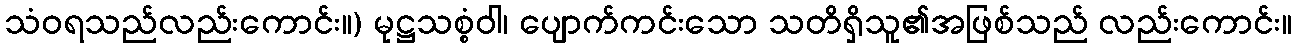
သံဝရသည်လည်းကောင်း။) မုဋ္ဌသစ္စံဝါ၊ ပျောက်ကင်းသော သတိရှိသူ၏အဖြစ်သည် လည်းကောင်း။